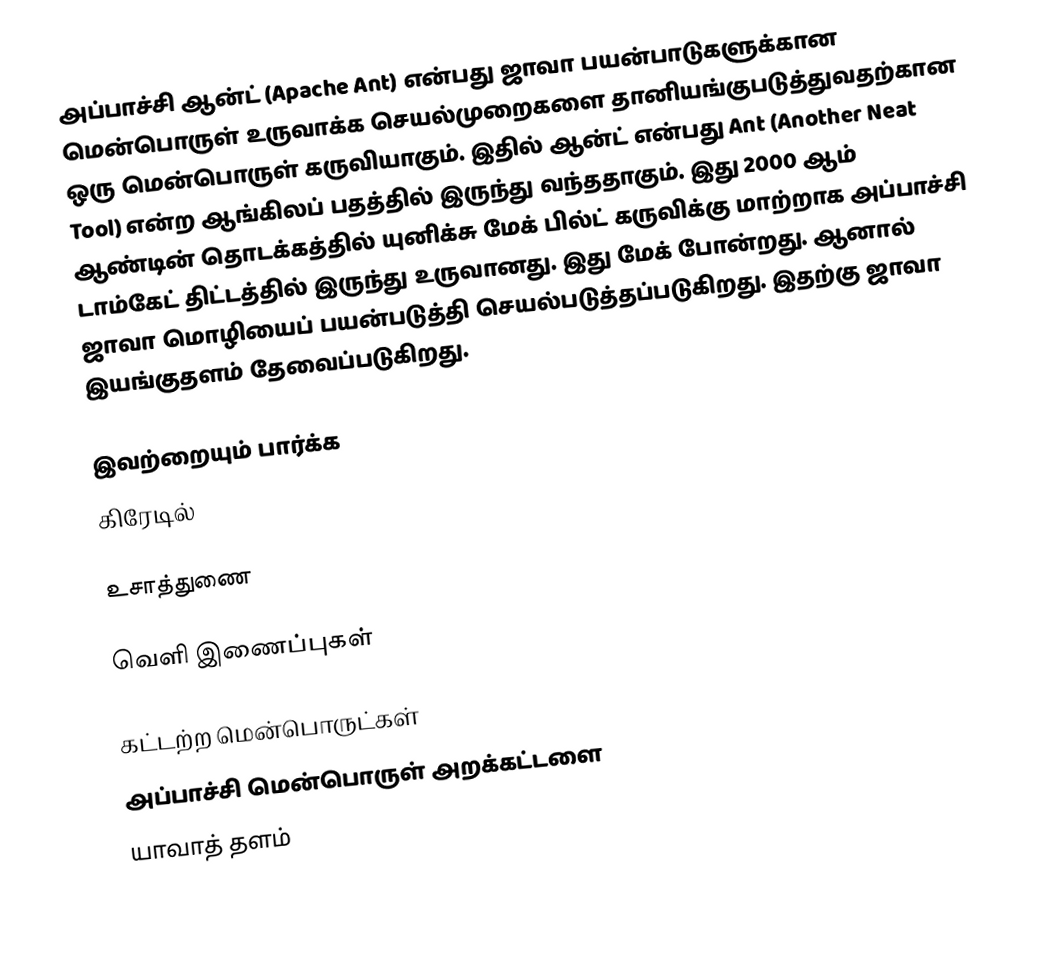
அப்பாச்சி ஆன்ட் (Apache Ant) என்பது ஜாவா பயன்பாடுகளுக்கான மென்பொருள் உருவாக்க செயல்முறைகளை தானியங்குபடுத்துவதற்கான ஒரு மென்பொருள் கருவியாகும். இதில் ஆன்ட் என்பது Ant (Another Neat Tool) என்ற ஆங்கிலப் பதத்தில் இருந்து வந்ததாகும். இது 2000 ஆம் ஆண்டின் தொடக்கத்தில் யுனிக்சு மேக் பில்ட் கருவிக்கு மாற்றாக அப்பாச்சி டாம்கேட் திட்டத்தில் இருந்து உருவானது. இது மேக் போன்றது. ஆனால் ஜாவா மொழியைப் பயன்படுத்தி செயல்படுத்தப்படுகிறது. இதற்கு ஜாவா இயங்குதளம் தேவைப்படுகிறது.

இவற்றையும் பார்க்க
கிரேடில்

உசாத்துணை

வெளி இணைப்புகள்

கட்டற்ற மென்பொருட்கள்
அப்பாச்சி மென்பொருள் அறக்கட்டளை
யாவாத் தளம்